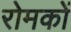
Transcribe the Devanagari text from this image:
रोमकों